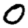
Digit: 0